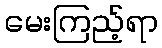
မေးကြည့်ရာ